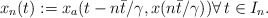
\begin{align*}x_n(t) :=x_a(t-n{\bar{t}}/{\gamma},x(n{\bar{t}}/{\gamma})) \forall \, t \in I_n.\end{align*}